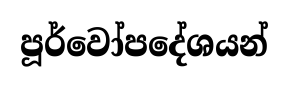
පූර්වෝපදේශයන්